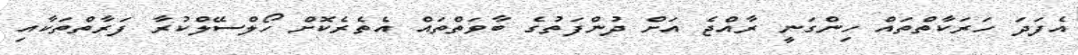
އެފަދަ ހަރަކާތްތައް ހިންގަނީ ރާއްޖެ އަށް ދުންފަތުގެ ބާވަތްތައް އެތެރެކޮށް ހޯލްސޭލްކުރާ ފަރާތްތަކާއި